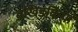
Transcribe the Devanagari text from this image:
वखिड़कियां